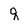
Character: q